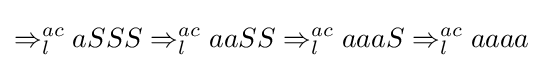
\Rightarrow _{l}^{ac}aSSS\Rightarrow _{l}^{ac}aaSS\Rightarrow _{l}^{ac}aaaS\Rightarrow _{l}^{ac}aaaa